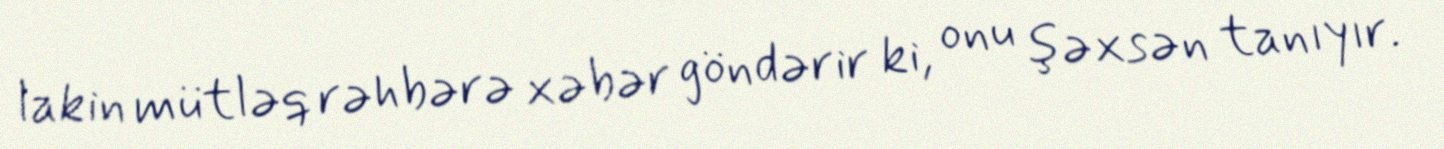
lakin mütləq rəhbərə xəbər göndərir ki, onu şəxsən tanıyır.